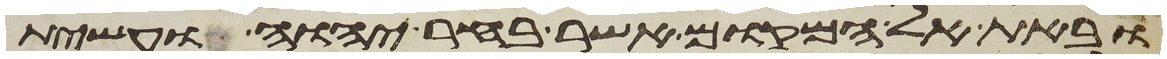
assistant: ובאת אל המקום אשר בחר יהוה ועשית